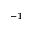
^ { - 1 }